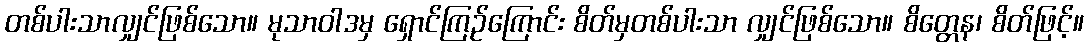
တစ်ပါးသာလျှင်ဖြစ်သော။ မုသာဝါဒမှ ရှောင်ကြဉ်ကြောင်း စိတ်မှတစ်ပါးသာ လျှင်ဖြစ်သော။ စိတ္တေန၊ စိတ်ဖြင့်။